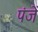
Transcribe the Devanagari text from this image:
पंजें